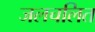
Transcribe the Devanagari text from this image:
जलचलित